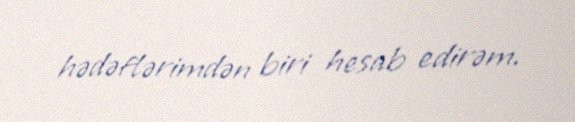
hədəflərimdən biri hesab edirəm.